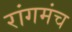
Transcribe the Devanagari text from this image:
रांगमंच